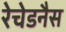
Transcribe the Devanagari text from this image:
रेचेडनैस